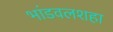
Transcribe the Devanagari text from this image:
भांडवलशहा